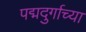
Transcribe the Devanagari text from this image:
पद्मदुर्गाच्या